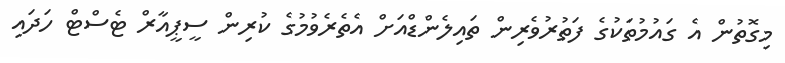
މިގޮތުން އެ ގައުމުތަކުގެ ފަތުރުވެރިން ތައިލެންޑްއަށް އެތެރެވުމުގެ ކުރިން ސީޕީއާރް ޓެސްޓް ހަދައި